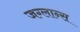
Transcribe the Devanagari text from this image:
जग्लान्स